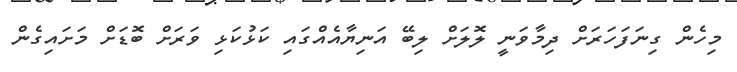
މިހެން ގިނަފަހަރަށް ދިމާވަނީ ލޮލަށް ލިބޭ އަނިޔާއެއްގައި ކަޅުކަޅި ވަރަށް ބޮޑަށް މަށައިގެން